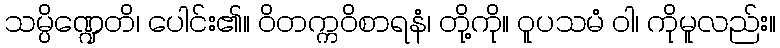
သမ္ပိဏ္ဍေတိ၊ ပေါင်း၏။ ဝိတက္ကဝိစာရနံ၊ တို့ကို။ ဝူပသမံ ဝါ၊ ကိုမူလည်း။